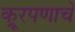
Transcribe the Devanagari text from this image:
क्रूरपणाचे